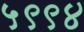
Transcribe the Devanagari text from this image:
५९९४